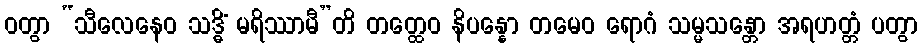
ဝတွာ “သီလေနေဝ သဒ္ဓိံ မရိဿာမီ”တိ တတ္ထေဝ နိပန္နော တမေဝ ရောဂံ သမ္မသန္တော အရဟတ္တံ ပတွာ